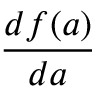
\frac { d f ( a ) } { d a }